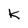
Character: K